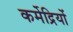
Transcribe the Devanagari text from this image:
कर्मेद्रियों